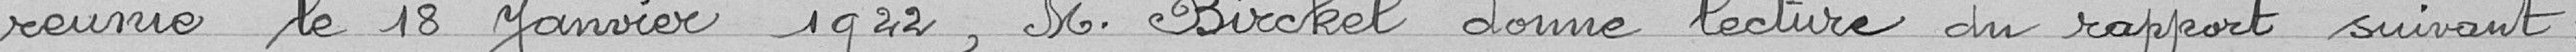
réunie le 18 janvier 1922, Monsieur Birckel donne lecture du rapport suivant :